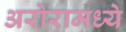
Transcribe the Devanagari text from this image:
अरोरामध्ये